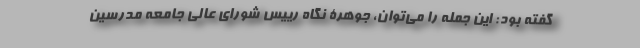
گفته بود: این جمله را می‌توان، جوهرۀ نگاه رییس شورای عالی جامعه مدرسین